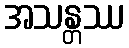
အသန္တဿ